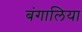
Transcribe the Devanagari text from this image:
बंगालिया